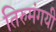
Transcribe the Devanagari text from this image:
तिरुमंगयी